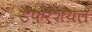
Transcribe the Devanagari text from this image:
डैफरेंशयल